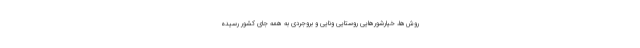
روش‌ها، خیارشورهایی روستایی ونایی و بروجردی به همه جای کشور رسیده